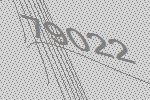
79022